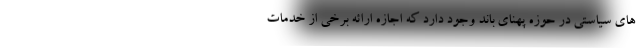
های سیاستی در حوزه پهنای باند وجود دارد که اجازه ارائه برخی از خدمات